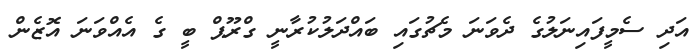
އަދި ސެމީފައިނަލުގެ ދެވަނަ މެޗުގައި ބައްދަލުކުރާނީ ގްރޫޕް ބީ ގެ އެއްވަނަ އޮޒެން